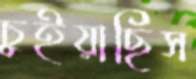
চুইয়াছিস